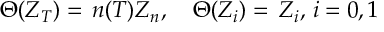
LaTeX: \Theta ( Z _ { T } ) = \, n ( T ) Z _ { n } , \quad \Theta ( Z _ { i } ) = \, Z _ { i } , \, i = 0 , 1